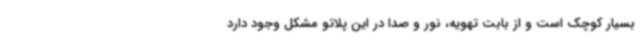
بسیار کوچک است و از بابت تهویه، نور و صدا در این پلاتو مشکل وجود دارد